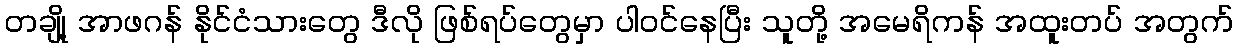
တချို့ အာဖဂန် နိုင်ငံသားတွေ ဒီလို ဖြစ်ရပ်တွေမှာ ပါဝင်နေပြီး သူတို့ အမေရိကန် အထူးတပ် အတွက်